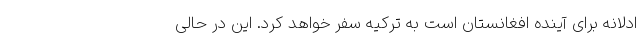
ادلانه برای آینده افغانستان است به ترکیه سفر خواهد کرد. این در حالی